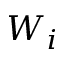
W _ { i }